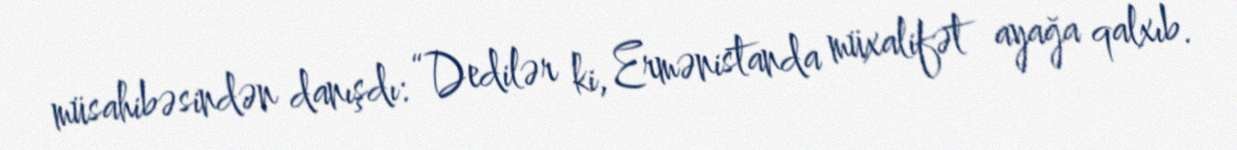
müsahibəsindən danışdı: “Dedilər ki, Ermənistanda müxalifət ayağa qalxıb.